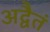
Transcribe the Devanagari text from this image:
अद्वैतं